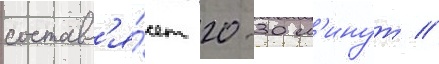
составл'я́ет 20-30 м'инут //